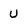
Character: U